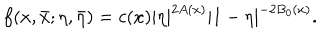
f ( x , \bar { x } ; \eta , \bar { \eta } ) = c ( x ) | \eta | ^ { 2 A ( x ) } | 1 - \eta | ^ { - 2 B _ { 0 } ( x ) } .